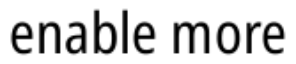
enable more